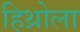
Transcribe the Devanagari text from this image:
हिथ्रोला